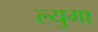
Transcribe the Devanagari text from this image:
ल्युमा